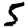
Digit: 5